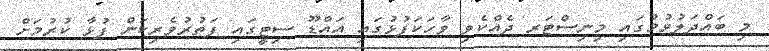
މި ބައްދަލުވުމުގައި މިނިސްޓަރ ދެއްކެވި ވާހަކަފުޅުގައި އައްޑޫ ސިޓީގައި ފަތުރުވެރިކަން ފުޅާ ކުރުމަށް